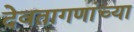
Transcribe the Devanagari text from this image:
देवतागणांच्या